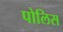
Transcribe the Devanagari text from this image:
पोलिस